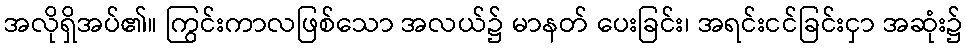
အလိုရှိအပ်၏။ ကြွင်းကာလဖြစ်သော အလယ်၌ မာနတ် ပေးခြင်း၊ အရင်းငင်ခြင်းငှာ အဆုံး၌